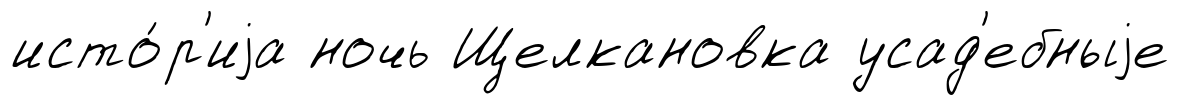
исто́р'иjа ночь Щелкановка усад'ебныjе